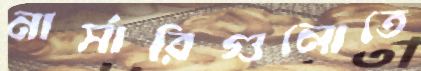
নার্সারিগুলোতে